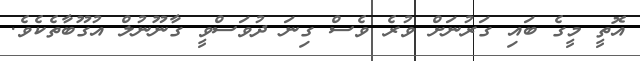
އޮތީ މީގެ ބައި ގަރުނަށް ވުރެ ވެސް ގިނަ ދުވަސްވީ ގާނޫނުލް އުގޫބާތެކެވެ.